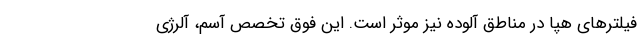
فیلترهای هِپا در مناطق آلوده نیز موثر است. این فوق تخصص آسم، آلرژی